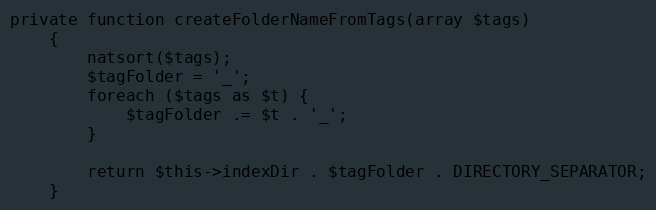
Language: PHP
private function createFolderNameFromTags(array $tags)
    {
        natsort($tags);
        $tagFolder = '_';
        foreach ($tags as $t) {
            $tagFolder .= $t . '_';
        }

        return $this->indexDir . $tagFolder . DIRECTORY_SEPARATOR;
    }